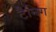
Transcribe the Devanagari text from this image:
टैनिग